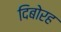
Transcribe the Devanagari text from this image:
दिबोरह